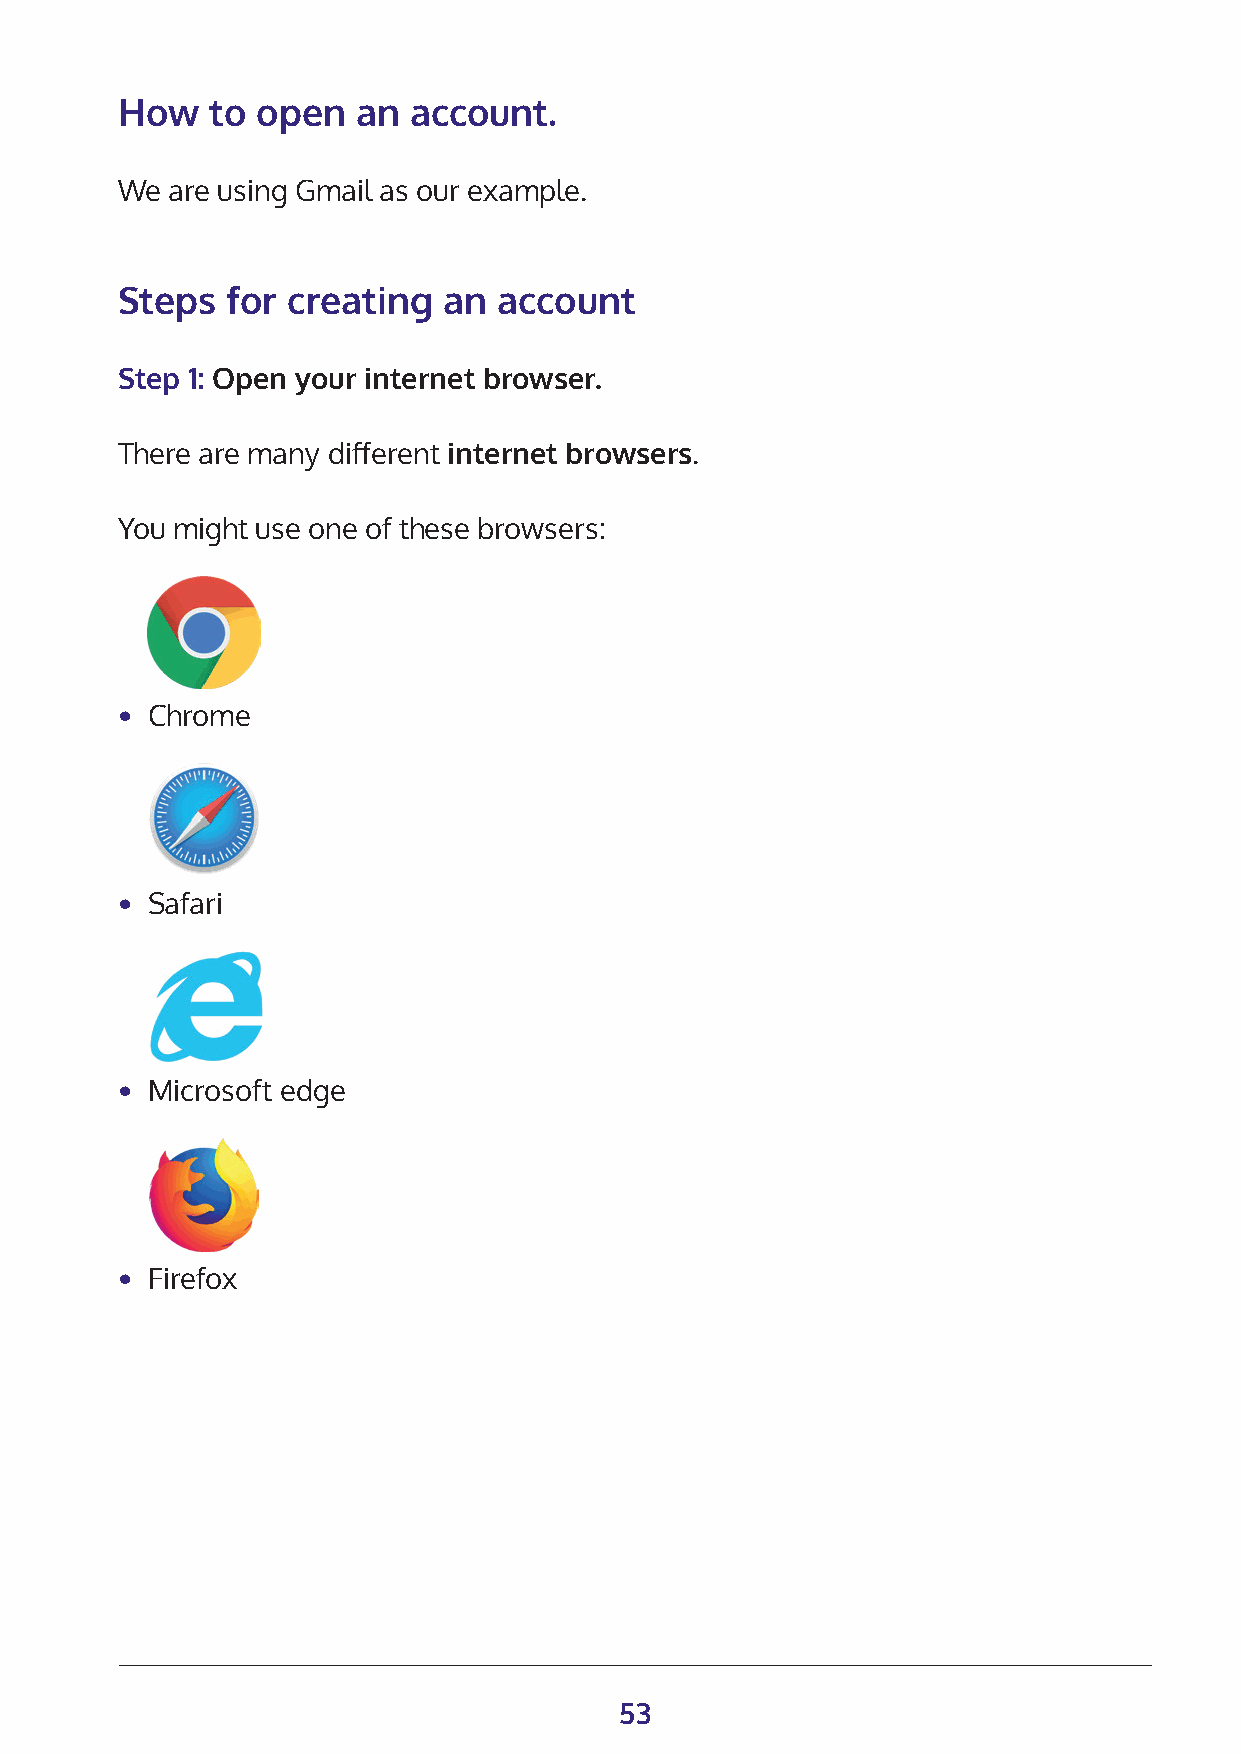
How   to open   an account.
 We are using Gmail as our example.
 Steps  for creating  an  account
 Step 1: Open your internet browser.
 There are many different internet browsers.
 You might use one of these browsers:
 • Chrome
 • Safari
 • Microsoft edge
 • Firefox
 53